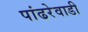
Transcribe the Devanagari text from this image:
पांढरेवाडी